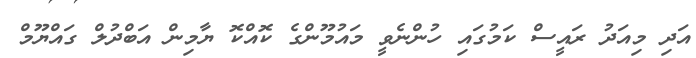
އަދި މިއަދު ރައީސް ކަމުގައި ހުންނެވީ މައުމޫންގެ ކޮއްކޮ ޔާމިން އަބްދުލް ގައްޔޫމް